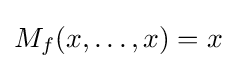
M_{f}(x,\dots ,x)=x